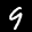
Label: 9